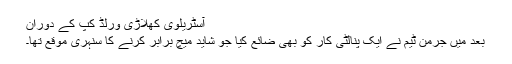
آسٹریلوی کھلاڑی ورلڈ کپ کے دوران
بعد میں جرمن ٹیم نے ایک پنالٹی کار کو بھی ضائع کیا جو شاید میچ برابر کرنے کا سنہری موقع تھا۔